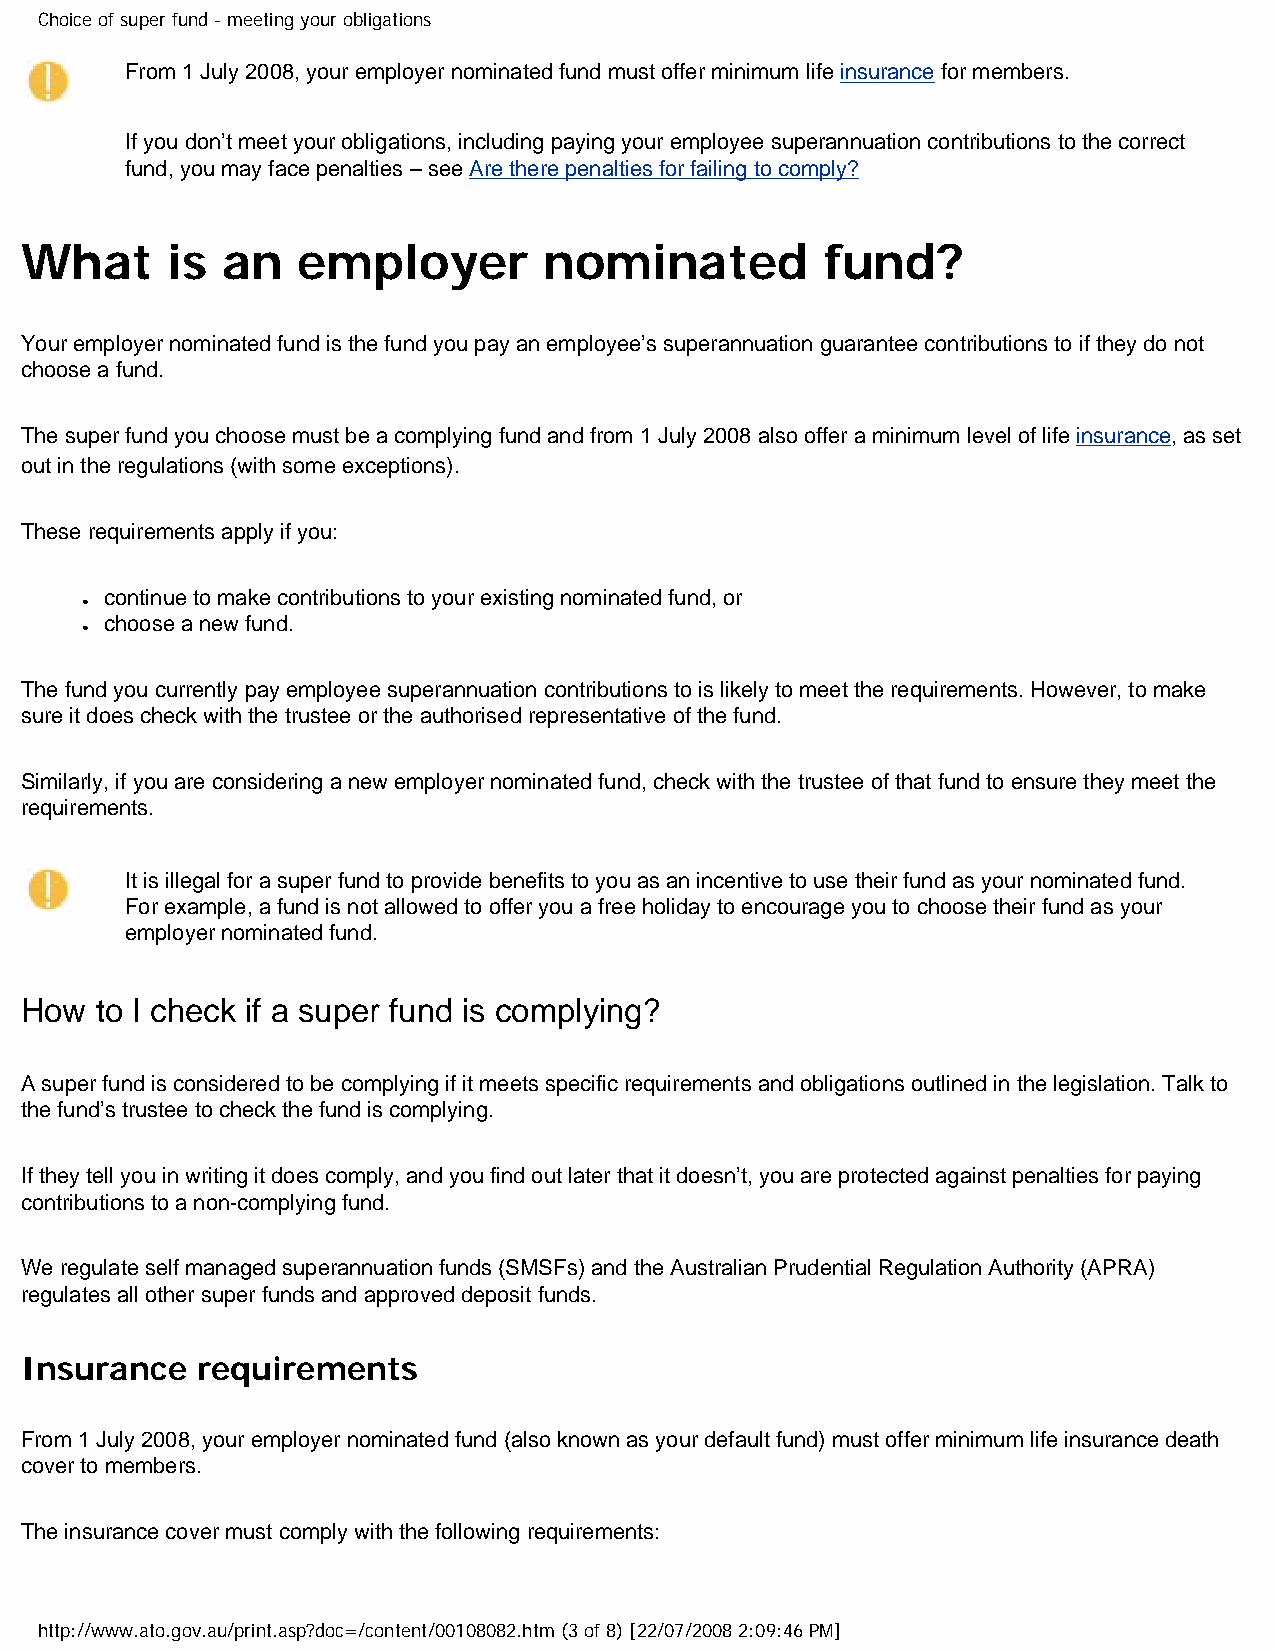
Choice of super fund - meeting your obligations
 From 1 July 2008, your employer nominated fund must offer minimum life insurance for members.
 If you don’t meet your obligations, including paying your employee superannuation contributions to the correct
 fund, you may face penalties – see Are there penalties for failing to comply?
 What      is  an   employer        nominated         fund?
 Your employer nominated fund is the fund you pay an employee’s superannuation guarantee contributions to if they do not
 choose a fund.
 The super fund you choose must be a complying fund and from 1 July 2008 also offer a minimum level of life insurance, as set
 out in the regulations (with some exceptions).
 These requirements apply if you:
 continue to make contributions to your existing nominated fund, or
 ●
 choose a new fund.
 ●
 The fund you currently pay employee superannuation contributions to is likely to meet the requirements. However, to make
 sure it does check with the trustee or the authorised representative of the fund.
 Similarly, if you are considering a new employer nominated fund, check with the trustee of that fund to ensure they meet the
 requirements.
 It is illegal for a super fund to provide benefits to you as an incentive to use their fund as your nominated fund.
 For example, a fund is not allowed to offer you a free holiday to encourage you to choose their fund as your
 employer nominated fund.
 How  to I check if a super fund is complying?
 A super fund is considered to be complying if it meets specific requirements and obligations outlined in the legislation. Talk to
 the fund’s trustee to check the fund is complying.
 If they tell you in writing it does comply, and you find out later that it doesn’t, you are protected against penalties for paying
 contributions to a non-complying fund.
 We regulate self managed superannuation funds (SMSFs) and the Australian Prudential Regulation Authority (APRA)
 regulates all other super funds and approved deposit funds.
 Insurance   requirements
 From 1 July 2008, your employer nominated fund (also known as your default fund) must offer minimum life insurance death
 cover to members.
 The insurance cover must comply with the following requirements:
 http://www.ato.gov.au/print.asp?doc=/content/00108082.htm (3 of 8) [22/07/2008 2:09:46 PM]